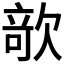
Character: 𣣱